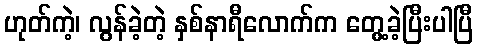
ဟုတ်ကဲ့၊ လွန်ခဲ့တဲ့ နှစ်နာရီလောက်က တွေ့ခဲ့ပြီးပါပြီ